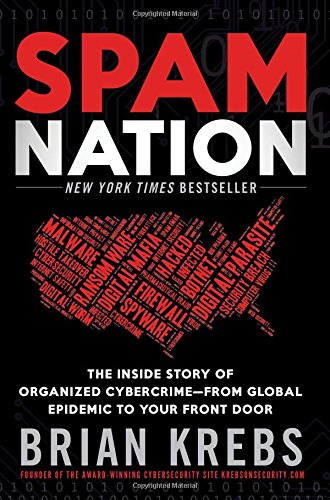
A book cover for Spam Nation: The Inside Story of Organized Cybercrime-from Global Epidemic to Your Front Door; Brian Krebs; Computers & Technology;